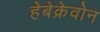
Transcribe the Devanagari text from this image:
हेबेक्रेवोन